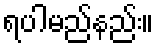
ရပါမည်နည်း။